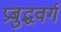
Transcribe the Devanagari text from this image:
प्रबुद्धवर्ग